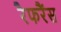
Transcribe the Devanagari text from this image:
रैफरैंस